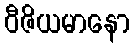
ဝီဇိယမာနော